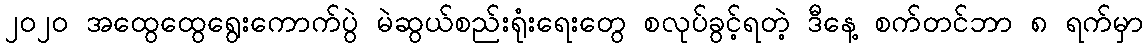
၂၀၂၀ အထွေထွေရွေးကောက်ပွဲ မဲဆွယ်စည်းရုံးရေးတွေ စလုပ်ခွင့်ရတဲ့ ဒီနေ့ စက်တင်ဘာ ၈ ရက်မှာ